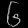
Digit: ၆